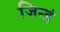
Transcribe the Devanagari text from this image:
जिन्हं